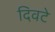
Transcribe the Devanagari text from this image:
दिवटे